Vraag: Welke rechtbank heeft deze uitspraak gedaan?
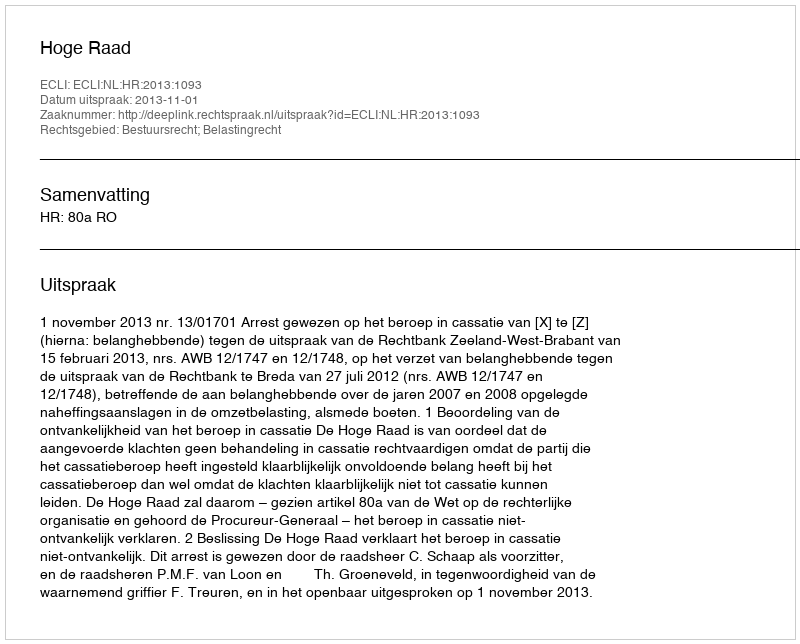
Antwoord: Hoge Raad